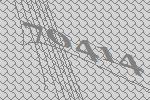
70414